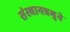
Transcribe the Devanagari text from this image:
संस्थानप्रभुने